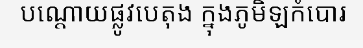
បណ្តោយផ្លូវបេតុង ក្នុងភូមិឡកំបោរ